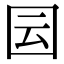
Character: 囩